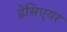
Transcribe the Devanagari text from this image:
डेसिएयर